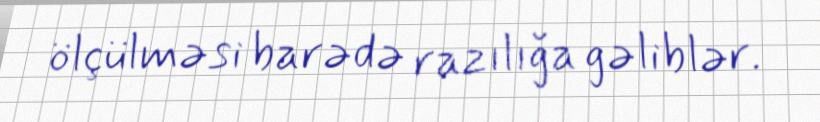
ölçülməsi barədə razılığa gəliblər.